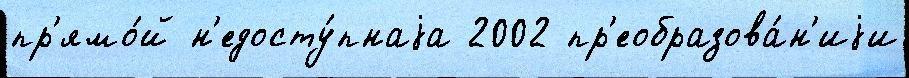
пр'ямо́й н'едосту́пнаjа 2002 пр'еобразова́н'иjи